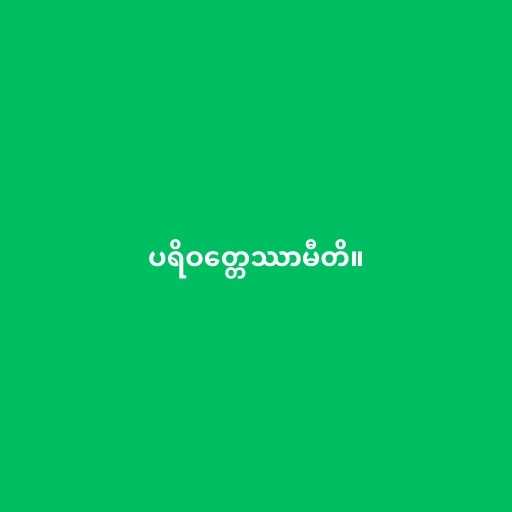
ပရိဝတ္တေဿာမီတိ။